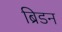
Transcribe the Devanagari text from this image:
ब्रिडन